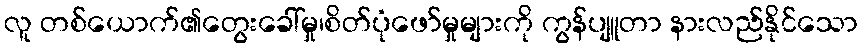
လူ တစ်ယောက်၏တွေးခေါ်မှု၊စိတ်ပုံဖော်မှုများကို ကွန်ပျူတာ နားလည်နိုင်သော